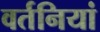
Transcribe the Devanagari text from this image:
वर्तनियां